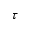
\tau